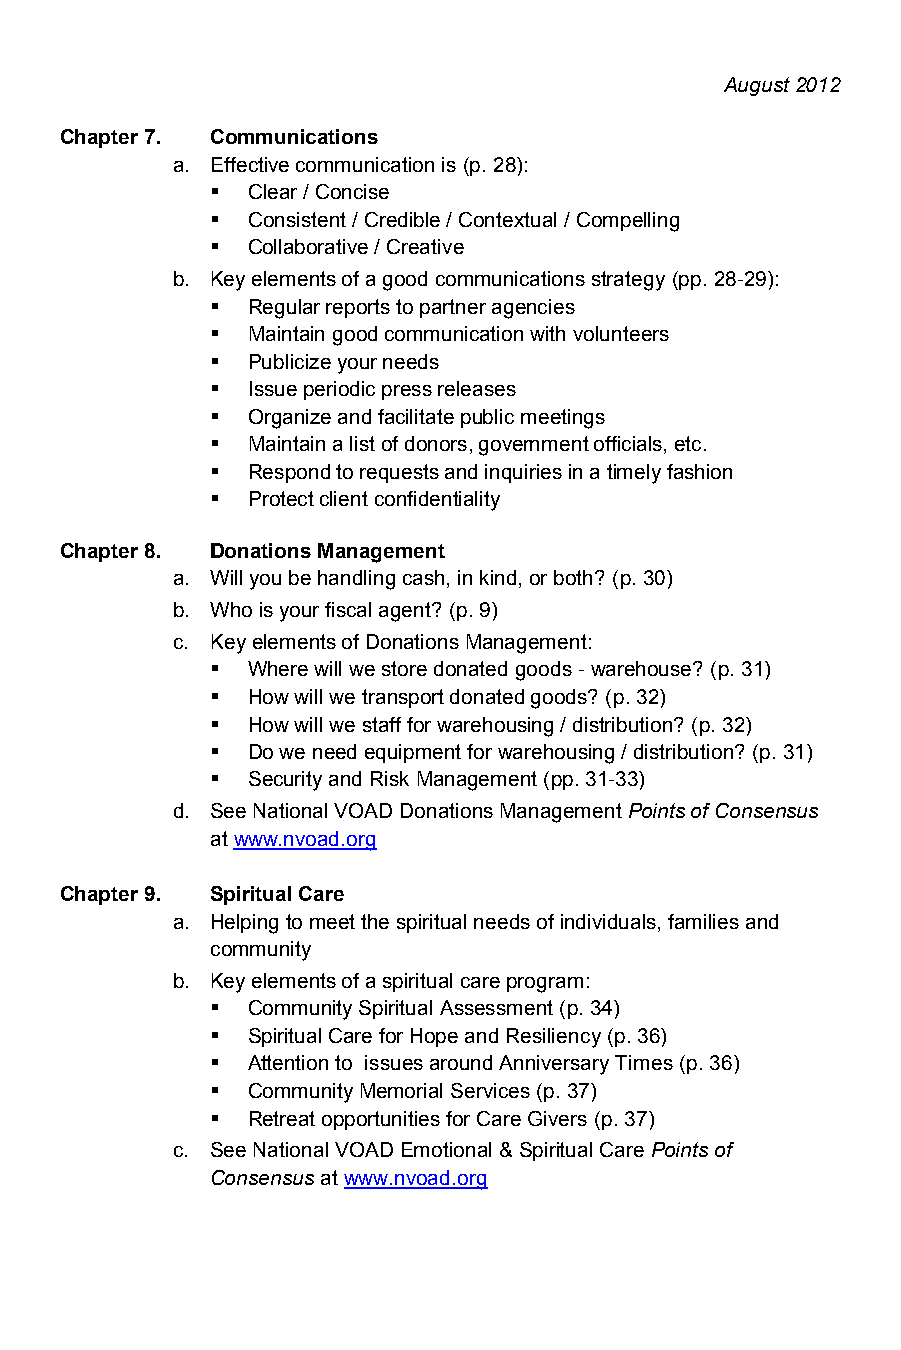
August 2012
 Chapter 7. Communications
 a. Effective communication is (p. 28):
  Clear / Concise
  Consistent / Credible / Contextual / Compelling
  Collaborative / Creative
 b. Key elements of a good communications strategy (pp. 28-29):
  Regular reports to partner agencies
  Maintain good communication with volunteers
  Publicize your needs
  Issue periodic press releases
  Organize and facilitate public meetings
  Maintain a list of donors, government officials, etc.
  Respond to requests and inquiries in a timely fashion
  Protect client confidentiality
 Chapter 8. Donations Management
 a. Will you be handling cash, in kind, or both? (p. 30)
 b. Who is your fiscal agent? (p. 9)
 c. Key elements of Donations Management:
  Where will we store donated goods - warehouse? (p. 31)
  How will we transport donated goods? (p. 32)
  How will we staff for warehousing / distribution? (p. 32)
  Do we need equipment for warehousing / distribution? (p. 31)
  Security and Risk Management (pp. 31-33)
 d. See National VOAD Donations Management Points of Consensus
 at www.nvoad.org
 Chapter 9. Spiritual Care
 a. Helping to meet the spiritual needs of individuals, families and
 community
 b. Key elements of a spiritual care program:
  Community Spiritual Assessment (p. 34)
  Spiritual Care for Hope and Resiliency (p. 36)
  Attention to issues around Anniversary Times (p. 36)
  Community Memorial Services (p. 37)
  Retreat opportunities for Care Givers (p. 37)
 c. See National VOAD Emotional & Spiritual Care Points of
 Consensus at www.nvoad.org